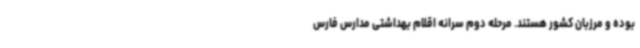
بوده و مرزبان کشور هستند. مرحله دوم سرانه اقلام بهداشتی مدارس فارس